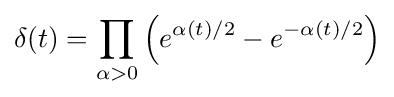
\delta (t)=\prod _{\alpha >0}\left(e^{\alpha (t)/2}-e^{-\alpha (t)/2}\right)